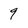
Character: 9